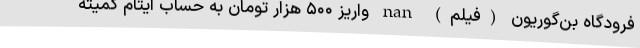
فرودگاه بن‌گوریون (فیلم) nan واریز ۵۰۰ هزار تومان به حساب ایتام کمیته